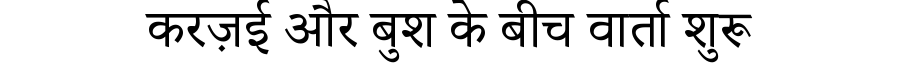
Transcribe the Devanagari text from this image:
करज़ई और बुश के बीच वार्ता शुरू